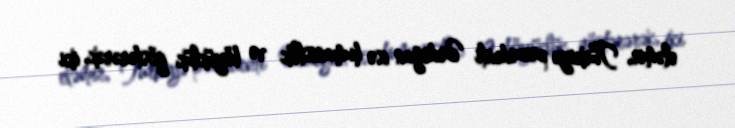
eləmir, Türkiyə prezidenti Ərdoğan isə humanistlik və böyüklük göstərərək, iki